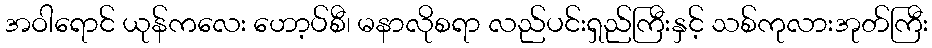
အဝါရောင် ယုန်ကလေး ဟော့ပ်စီ၊ မနာလိုစရာ လည်ပင်းရှည်ကြီးနှင့် သစ်ကုလားအုတ်ကြီး